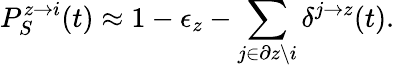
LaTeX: P_{S}^{z\rightarrow i}(t)\approx 1-\epsilon_{z}-\sum_{j\in\partial z\backslash i}\delta^{j\rightarrow z}(t).